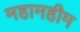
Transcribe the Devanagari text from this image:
महामहीम